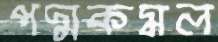
পদ্মকমল